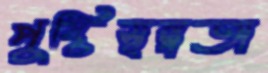
পুষ্টিস্বল্পতা